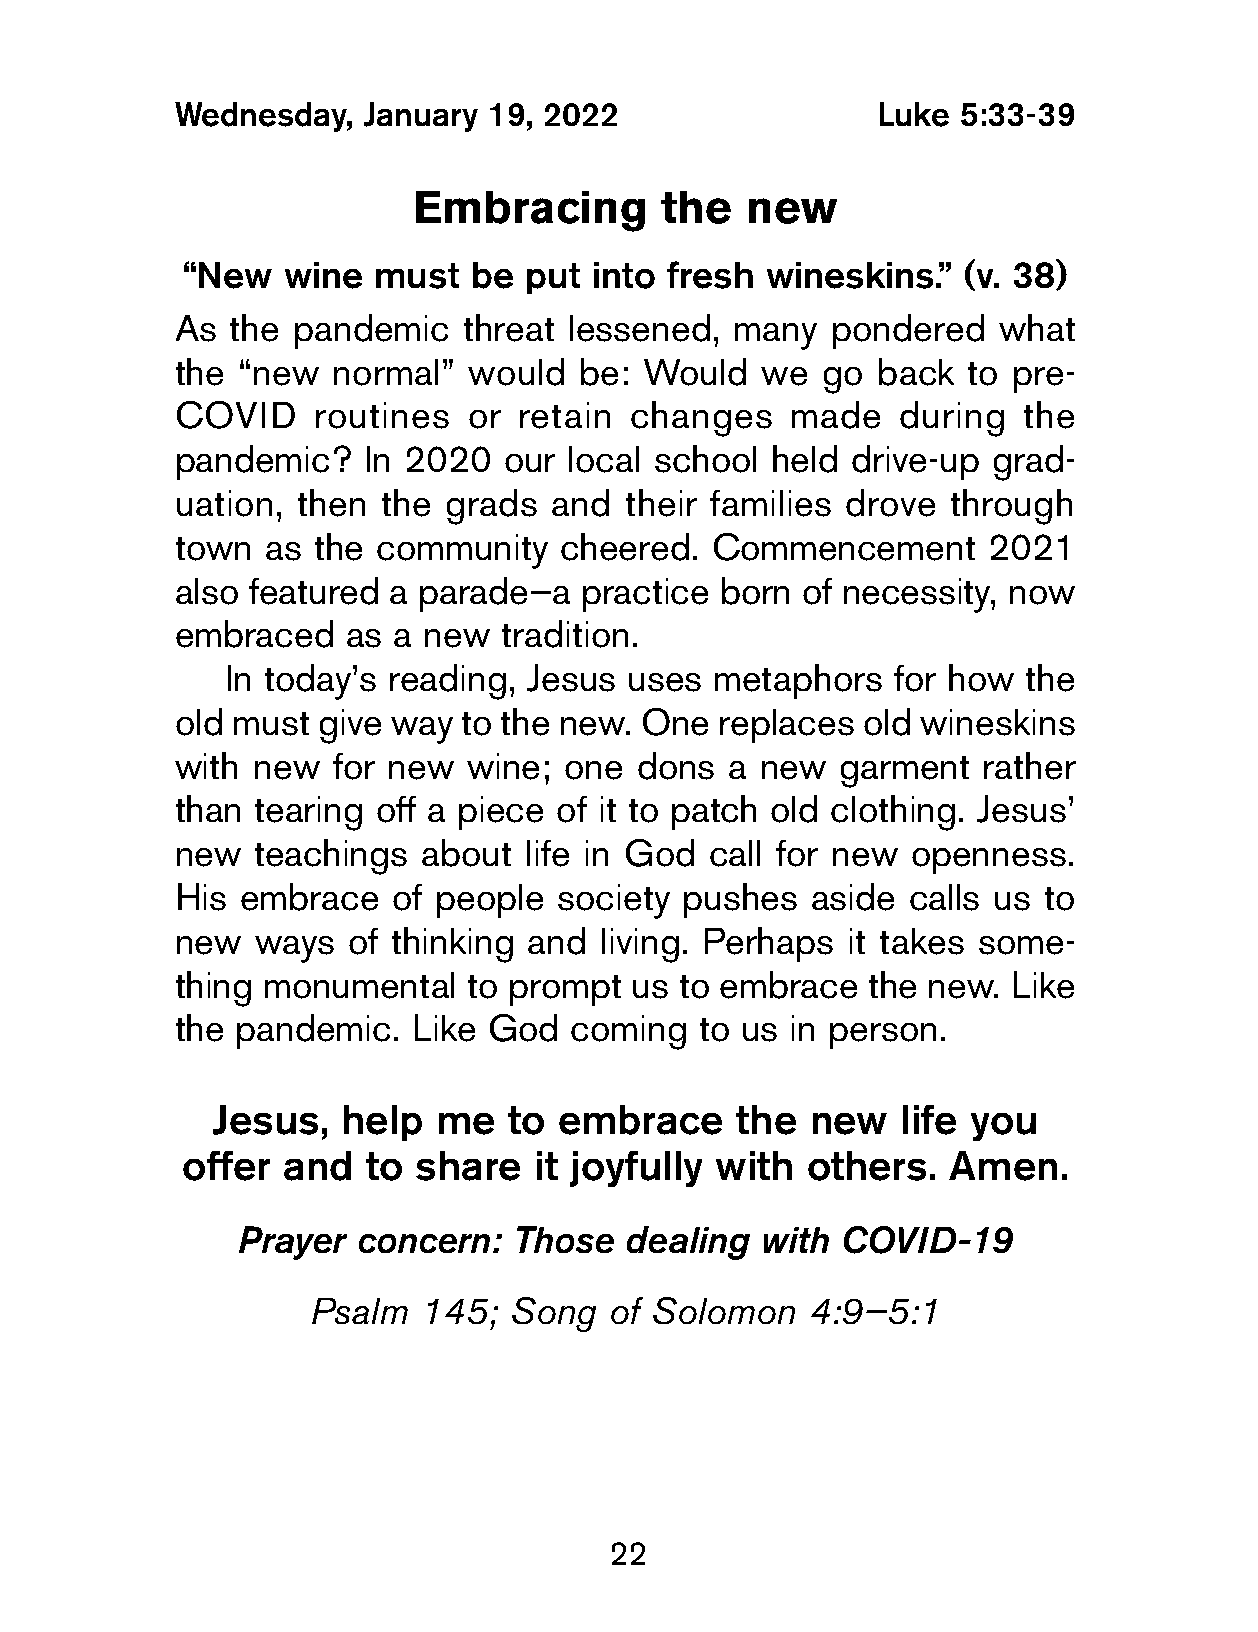
Wednesday,   January 19, 2022                  Luke 5:33-39
 Embracing        the  new
 “New   wine  must  be  put into fresh  wineskins.”  (v. 38)
 As  the pandemic    threat lessened, many   pondered   what
 the  “new  normal”  would  be: Would   we  go  back  to pre-
 COVID     routines  or retain  changes   made   during   the
 pandemic?    In 2020  our local school  held drive-up  grad-
 uation,  then the grads  and  their families drove  through
 town  as  the community   cheered.  Commencement      2021
 also featured  a parade—a  practice  born of necessity, now
 embraced    as a new  tradition.
 In today’s reading, Jesus uses  metaphors   for how  the
 old must  give way to the new. One  replaces  old wineskins
 with  new  for new  wine; one  dons  a new  garment   rather
 than  tearing off a piece of it to patch old clothing. Jesus’
 new   teachings  about  life in God call for new openness.
 His  embrace   of people  society pushes   aside calls us to
 new   ways  of thinking and  living. Perhaps it takes some-
 thing monumental    to prompt  us to embrace  the new.  Like
 the  pandemic.  Like God   coming  to us in person.
 Jesus,  help   me   to embrace     the new   life you
 offer  and  to share   it joyfully with  others.   Amen.
 Prayer  concern:  Those  dealing  with  COVID-19
 Psalm   145;  Song  of Solomon   4:9—5:1
 22